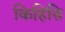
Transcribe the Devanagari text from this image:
किहिसि